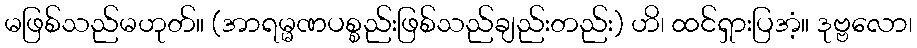
မဖြစ်သည်မဟုတ်။ (အာရမ္မဏပစ္စည်းဖြစ်သည်ချည်းတည်း) ဟိ၊ ထင်ရှားပြအံ့။ ဒုဗ္ဗလော၊